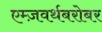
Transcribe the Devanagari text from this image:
एम्ज़वर्थबरोबर